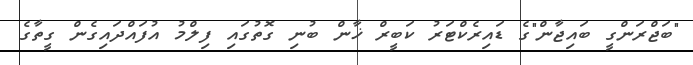
"ބަޖްރަންގީ ބައިޖާން"ގެ ޑައިރެކްޓަރު ކަބީރް ޚާން ބުނި ގޮތުގައި ފިލްމު އުފައްދައިގެން ގީތާގެ